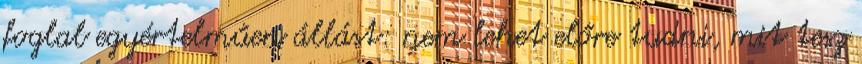
foglal egyértelműen állást: nem lehet előre tudni, mit tesz